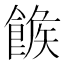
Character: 𩝍